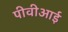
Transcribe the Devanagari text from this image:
पीवीआई